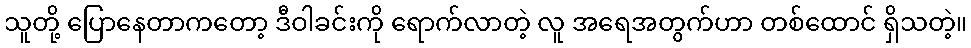
သူတို့ ပြောနေတာကတော့ ဒီဝါခင်းကို ရောက်လာတဲ့ လူ အရေအတွက်ဟာ တစ်ထောင် ရှိသတဲ့။